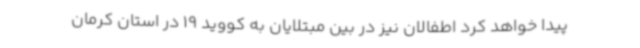
پیدا خواهد کرد اطفالان نیز در بین مبتلایان به کووید 19 در استان کرمان